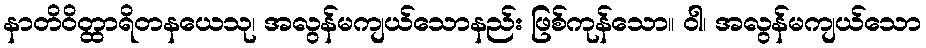
နာတိဝိတ္ထာရိတနယေသု၊ အလွန်မကျယ်သောနည်း ဖြစ်ကုန်သော။ ဝါ၊ အလွန်မကျယ်သော